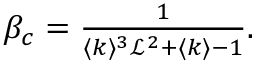
\begin{array} { r } { \beta _ { c } = \frac { 1 } { \langle k \rangle ^ { 3 } \mathcal { L } ^ { 2 } + \langle k \rangle - 1 } . } \end{array}